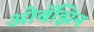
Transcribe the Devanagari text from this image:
ओबॅझिन